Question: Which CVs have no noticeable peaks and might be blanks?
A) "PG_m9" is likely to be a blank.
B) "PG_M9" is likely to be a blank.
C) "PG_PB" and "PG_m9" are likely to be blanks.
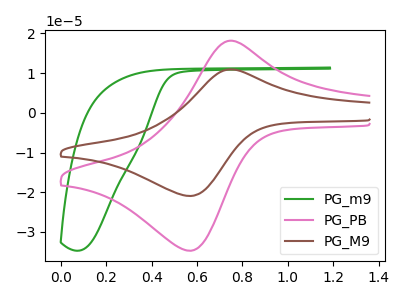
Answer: <think>The green curve "PG_m9" has no peaks. The pink curve "PG_PB" has an anodic peak at (0.75V, 18.15uA) and a cathodic peak at (0.55V, -34.70uA). The brown curve "PG_M9" has an anodic peak at (0.75V, 10.95uA) and a cathodic peak at (0.55V, -20.90uA).</think>
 <answer>A) "PG_m9" is likely to be a blank.</answer>
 <eval>A</eval>